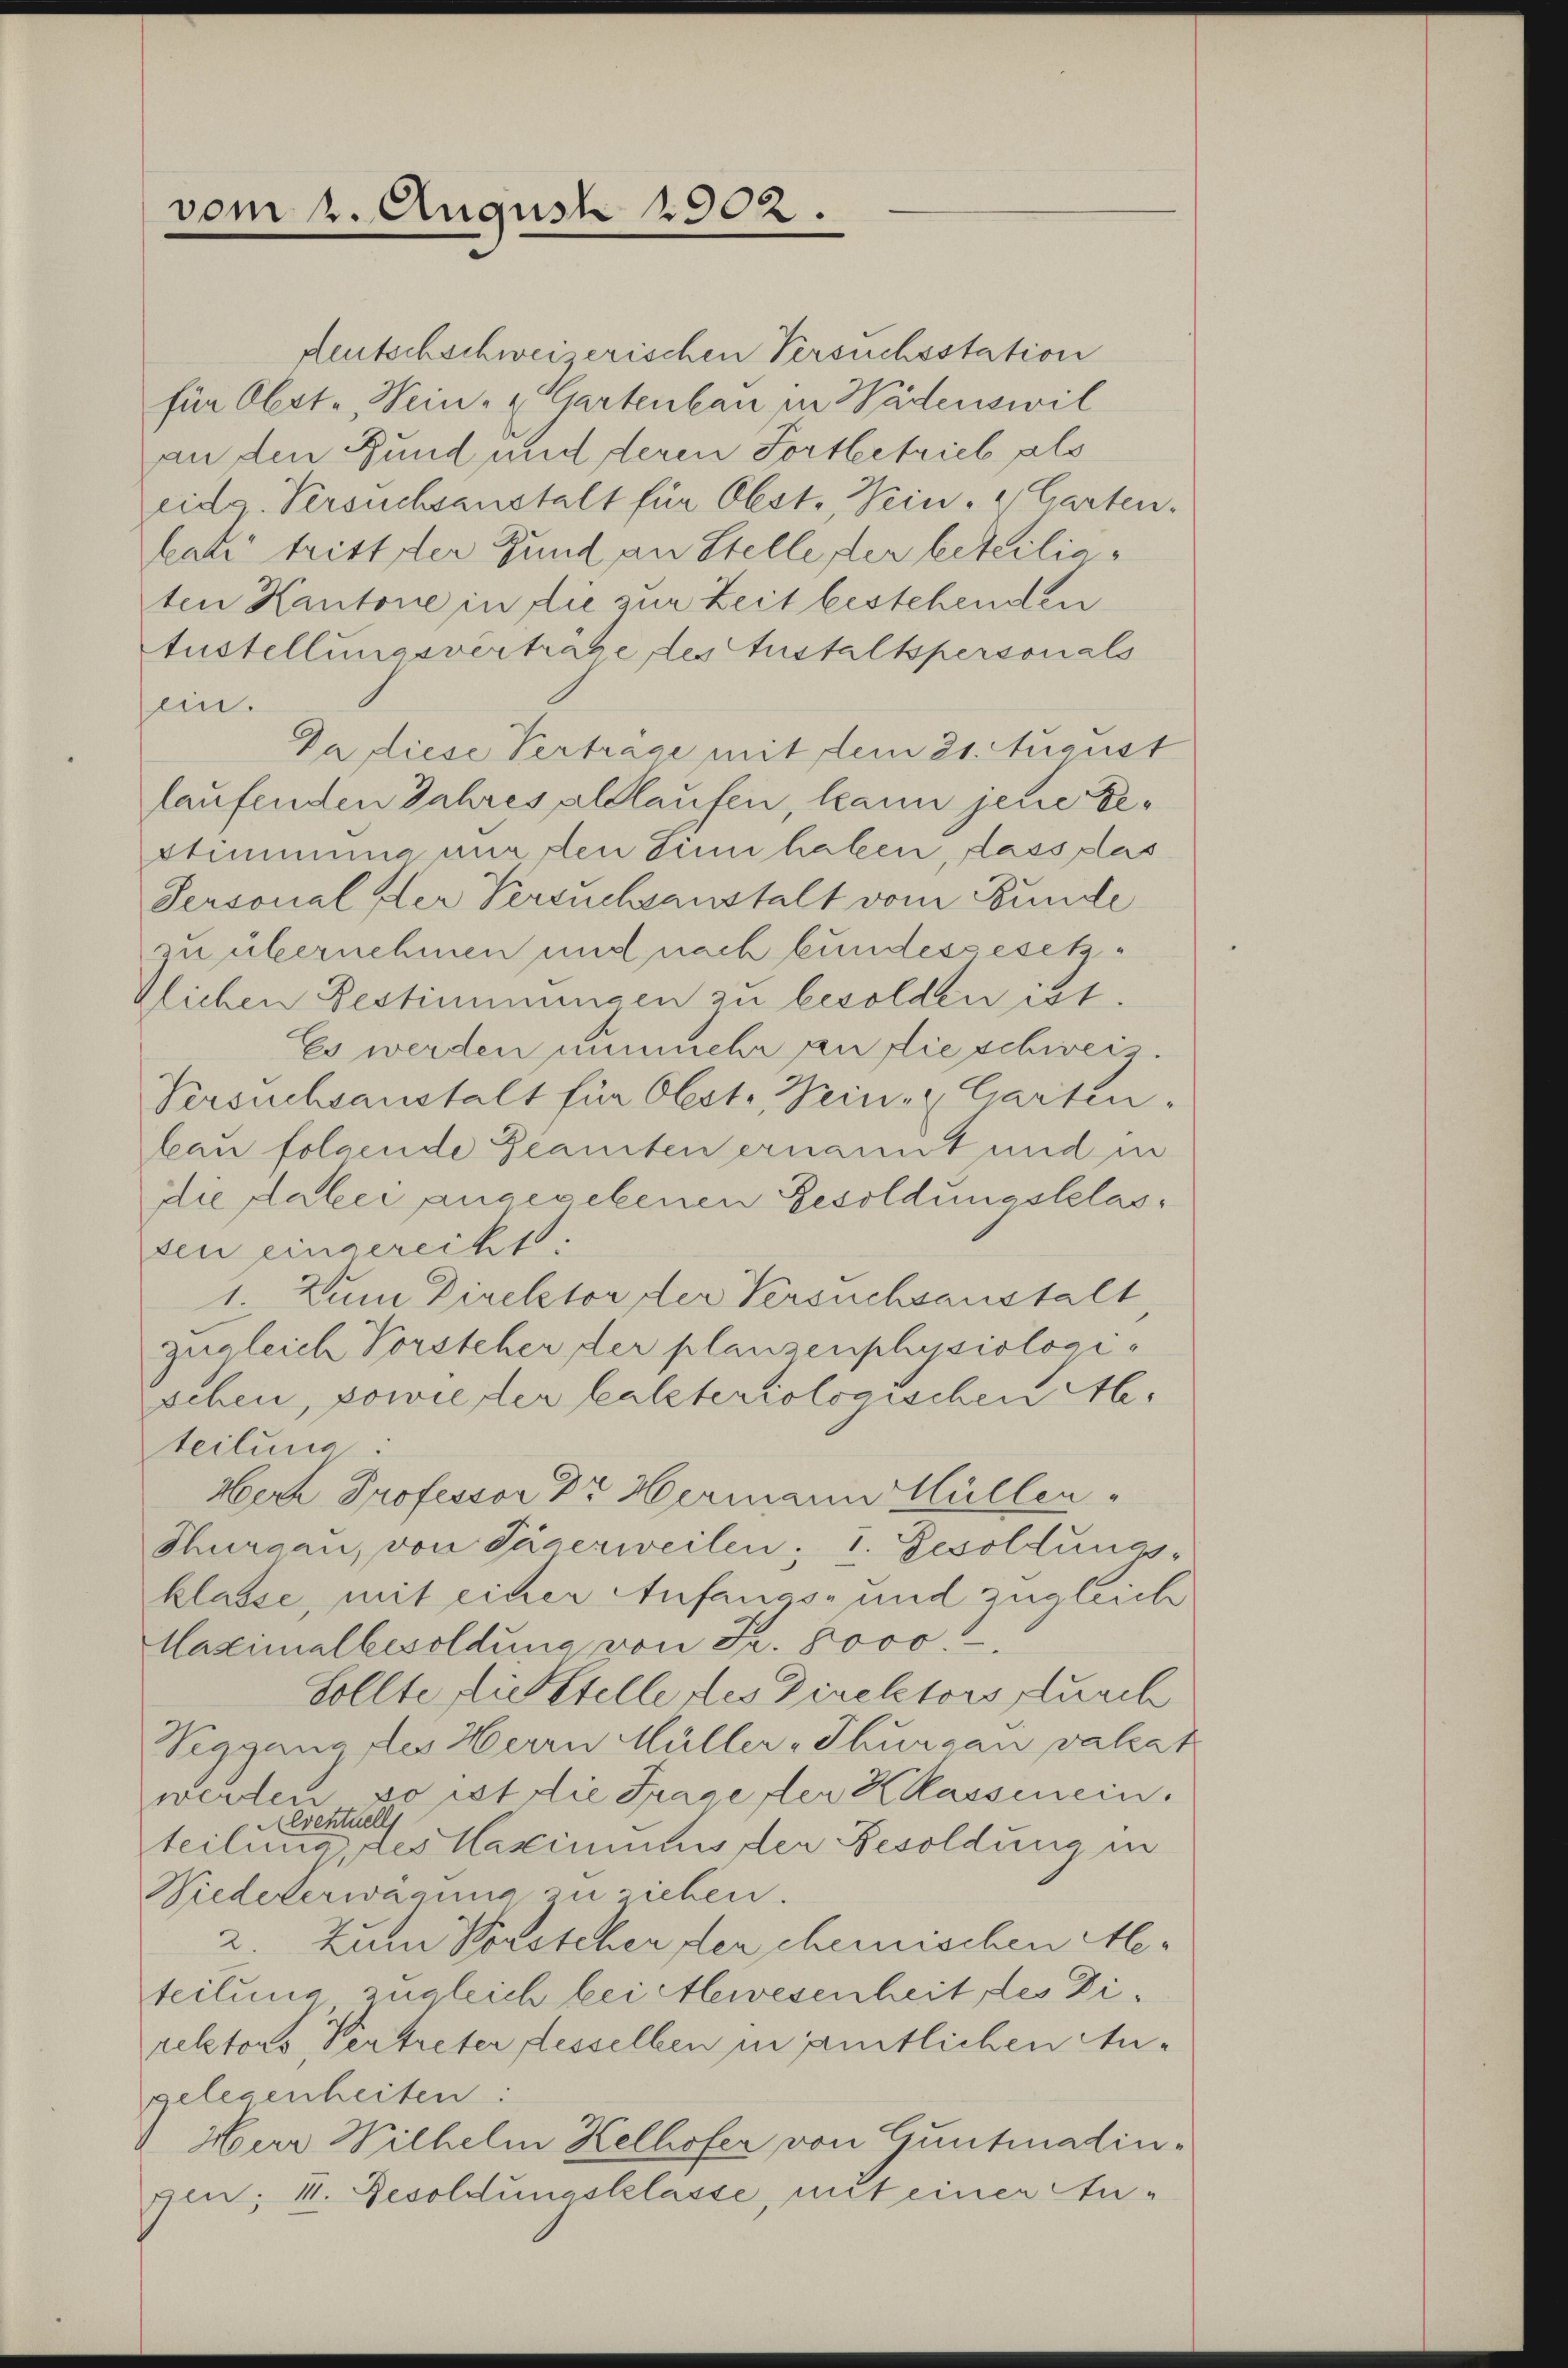
vom 2. August 1902.

feutschschweizerischen Versuchsstation
für Obste, Wein- u Gartenbau in Wädenswil
an den Bund und deren Fortbestrieb als
eidg. Versuchsanstalt für Obst. Wein- & Garten.
kat tritt der Fund an Stelle der beteiligten Kantone in die zur Zeit bestehenden
tustellungsvertrage des Anstaltspersonals
ein.
Da diese Verträge mit dem 21. August
laufenden Jahres alllaufen, kann jene Bestimmung nur den Sinn haben, dass plas
Personal der Versuchsanstalt vom Bunde
zu übernehmen und nach bundesgesetzzlichen Bestimmungen zu besolden ist.
Es werden nunmehr an die schweiz.
Versuchsanstalt für Obstr, Wein-Garten-
bau folgende Beamten ernannt und in
die dabei angegebenen Besoldungsbelassen eingerecht.
1. Zum Direktor der Versuchsanstalt
zugleich Vorsteher der planzenphysiologischen, sowie der kalteriologischen Al.
teilung
Herr Professor Dr Hermann Hüllen
Thurgau, von Jägerweilen; 1. Gesoldungs-
klasse, mit einer Anfangs- und zugleich
Maximalbesoldung von Fr. Joso
Sollte sich stelle des Direktors durch
Viggang des Herrn Müller-Thurgau valeat
werden, so ist die Frage der Klassenein.
Aeventuell
teilung, des Maximums der Besoldung in
Wiedelerwägung zu siehen.
2. Zum Vorsteher der chemischen Meteilung zugleich bei Alewesenheit des Direktors, Vertreter desselben in amtlichen Angelegenheiten:
Mar Wilhelm Kelhofer von Guntalin-
gen; 11. Gesoldungsklasse, mit einer An¬